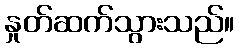
နှုတ်ဆက်သွားသည်။